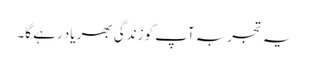
یہ تجربہ آپ کو زندگی بھر یاد رہے گا۔